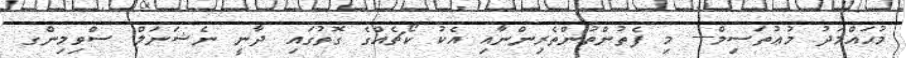
މުޙައްމަދު މުޢުތަސިމް--- މި ފެތުންތުންތެރިންނާއި އެކު ކޯޗެއްގެ ގޮތުގައި ދާނީ ނެޝަނަލް ސްވިމިންގ